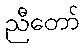
ညီတော်